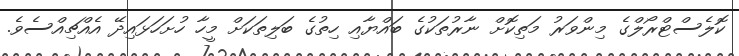
ކޮލެސްޓްރޯލްގެ މިންވަރު މަތިކޮށް ނާރުތަކުގެ ބައްޔާއި ހިތުގެ ބަލިތަކަށް މީހާ ހުށަހަޅައިދޭ އެއްޗިއްސެވެ.